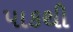
પાકથી